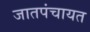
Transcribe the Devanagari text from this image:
जातपंचायत